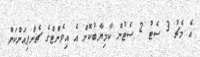
އެ މެޗު 3 ސެޓު 2 ސެޓުން ކާމިޔާބުކޮށް އެ އިވެންޓްގެ ޗެންޕިއަންކަން